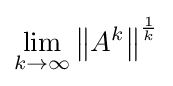
\lim _{k\to \infty }\left\|A^{k}\right\|^{\frac {1}{k}}